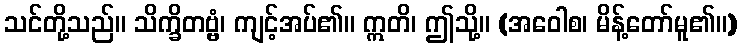
သင်တို့သည်။ သိက္ခိတဗ္ဗံ၊ ကျင့်အပ်၏။ ဣတိ၊ ဤသို့။ (အဝေါစ၊ မိန့်တော်မူ၏။)